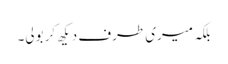
بلکہ میری طرف دیکھ کر بولی۔